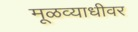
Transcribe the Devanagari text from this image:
मूळव्याधीवर